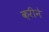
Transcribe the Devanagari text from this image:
क़रीने